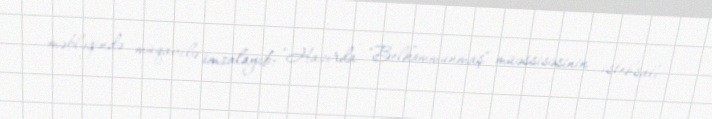
məbləğində müqavilə imzalayıb: "Hazırda "Belkommunmaş" müəssisəsinin istehsalı